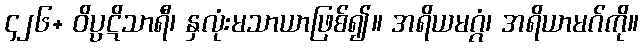
၄၂၆+ ဝိပ္ပဋိသာရီ၊ နှလုံးမသာယာဖြစ်၍။ အရိယမဂ္ဂံ၊ အရိယာမဂ်ကို။